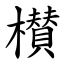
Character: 櫕